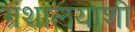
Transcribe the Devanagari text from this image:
ग्रंथालयाशी